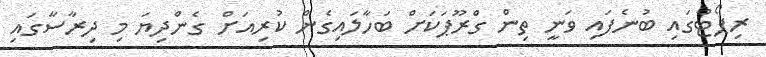
ރިޕޯޓްގައި ބުނެފައި ވަނީ ތިން ގްރޫޕަކަށް ބަހާލައިގެން ކުރިއަށް ގެންދިޔަ މި ދިރާސާގައި